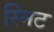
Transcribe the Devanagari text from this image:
स्मिट